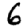
Digit: 6